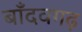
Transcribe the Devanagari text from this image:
बाँदवगढ़